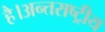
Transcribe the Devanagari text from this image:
है।अन्तराष्ट्रीय